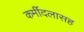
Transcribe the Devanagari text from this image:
कर्मीदलासह